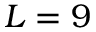
L = 9